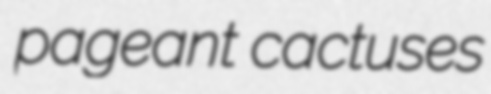
pageant cactuses